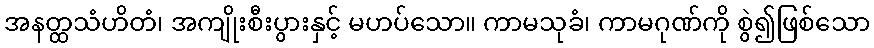
အနတ္ထသံဟိတံ၊ အကျိုးစီးပွားနှင့် မဟပ်သော။ ကာမသုခံ၊ ကာမဂုဏ်ကို စွဲ၍ဖြစ်သော